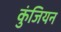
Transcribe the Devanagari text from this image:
कुंजियन